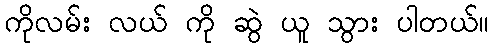
ကိုလမ်း လယ် ကို ဆွဲ ယူ သွား ပါတယ်။